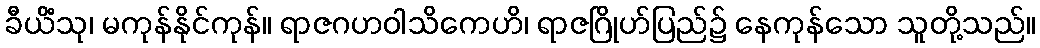
ခီယိံသု၊ မကုန်နိုင်ကုန်။ ရာဇဂဟဝါသိကေဟိ၊ ရာဇဂြိုဟ်ပြည်၌ နေကုန်သော သူတို့သည်။